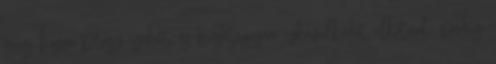
még hozzá plusz ízeket, és fergetegesen ízkavalkádot alkotnak, pedig